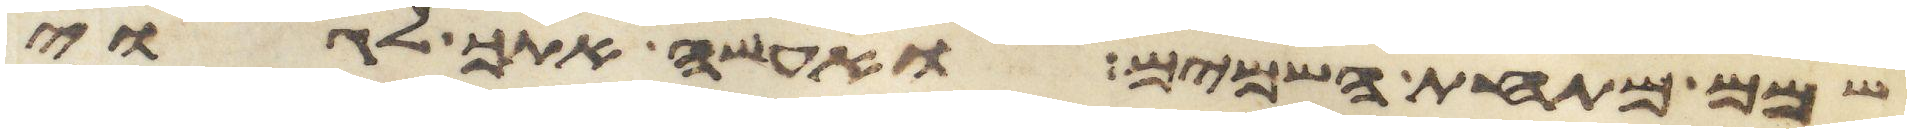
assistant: שמם מתחת השמים ואעשה אתך לגוי